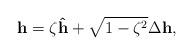
LaTeX: \begin{align*}\mathbf{h} = \zeta \mathbf{\hat h} +\sqrt{1-\zeta^2}\Delta\mathbf{h},\end{align*}